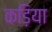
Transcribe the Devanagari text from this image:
कड़िया